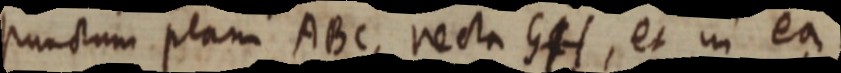
punctum plani ABC, recta GH, et in ea